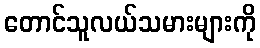
တောင်သူလယ်သမားများကို